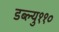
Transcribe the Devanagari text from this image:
डब्ल्यु११०